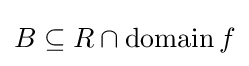
B\subseteq R\cap \operatorname {domain} f